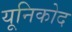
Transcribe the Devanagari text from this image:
यूनिकोद